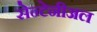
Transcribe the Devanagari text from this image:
सेन्टेनीअल